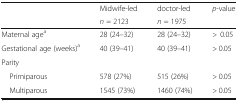
<table><thead><tr><td rowspan="2"></td><td><b>Midwife-led</b></td><td><b>doctor-led</b></td><td><b><i>p</i>-value</b></td></tr><tr><td><b><i>n</i> = 2123</b></td><td><b><i>n</i> = 1975</b></td><td></td></tr></thead><tbody><tr><td>Maternal age<sup>a</sup></td><td>28 (24–32)</td><td>28 (24–32)</td><td>&gt;0.05</td></tr><tr><td>Gestational age (weeks)<sup>a</sup></td><td>40 (39–41)</td><td>40 (39–41)</td><td>&gt; 0.05</td></tr><tr><td>Parity</td><td></td><td></td><td></td></tr><tr><td> Primiparous</td><td>578 (27%)</td><td>515 (26%)</td><td>&gt; 0.05</td></tr><tr><td> Multiparous</td><td>1545 (73%)</td><td>1460 (74%)</td><td>&gt; 0.05</td></tr></tbody></table>